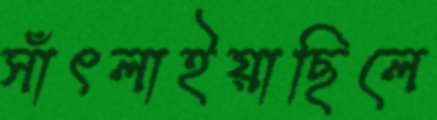
সাঁৎলাইয়াছিলে